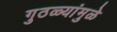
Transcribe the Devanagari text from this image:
गुठळ्यांमुळे